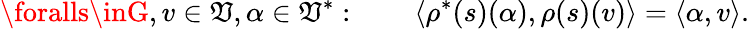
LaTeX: \foralls\inG,v\in\mathfrak{V},\alpha\in\mathfrak{V}^{*}:\qquad\langle\rho^{*}(s)(\alpha),\rho(s)(v)\rangle=\langle\alpha,v\rangle.